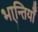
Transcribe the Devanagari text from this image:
भा्न्तियाँ